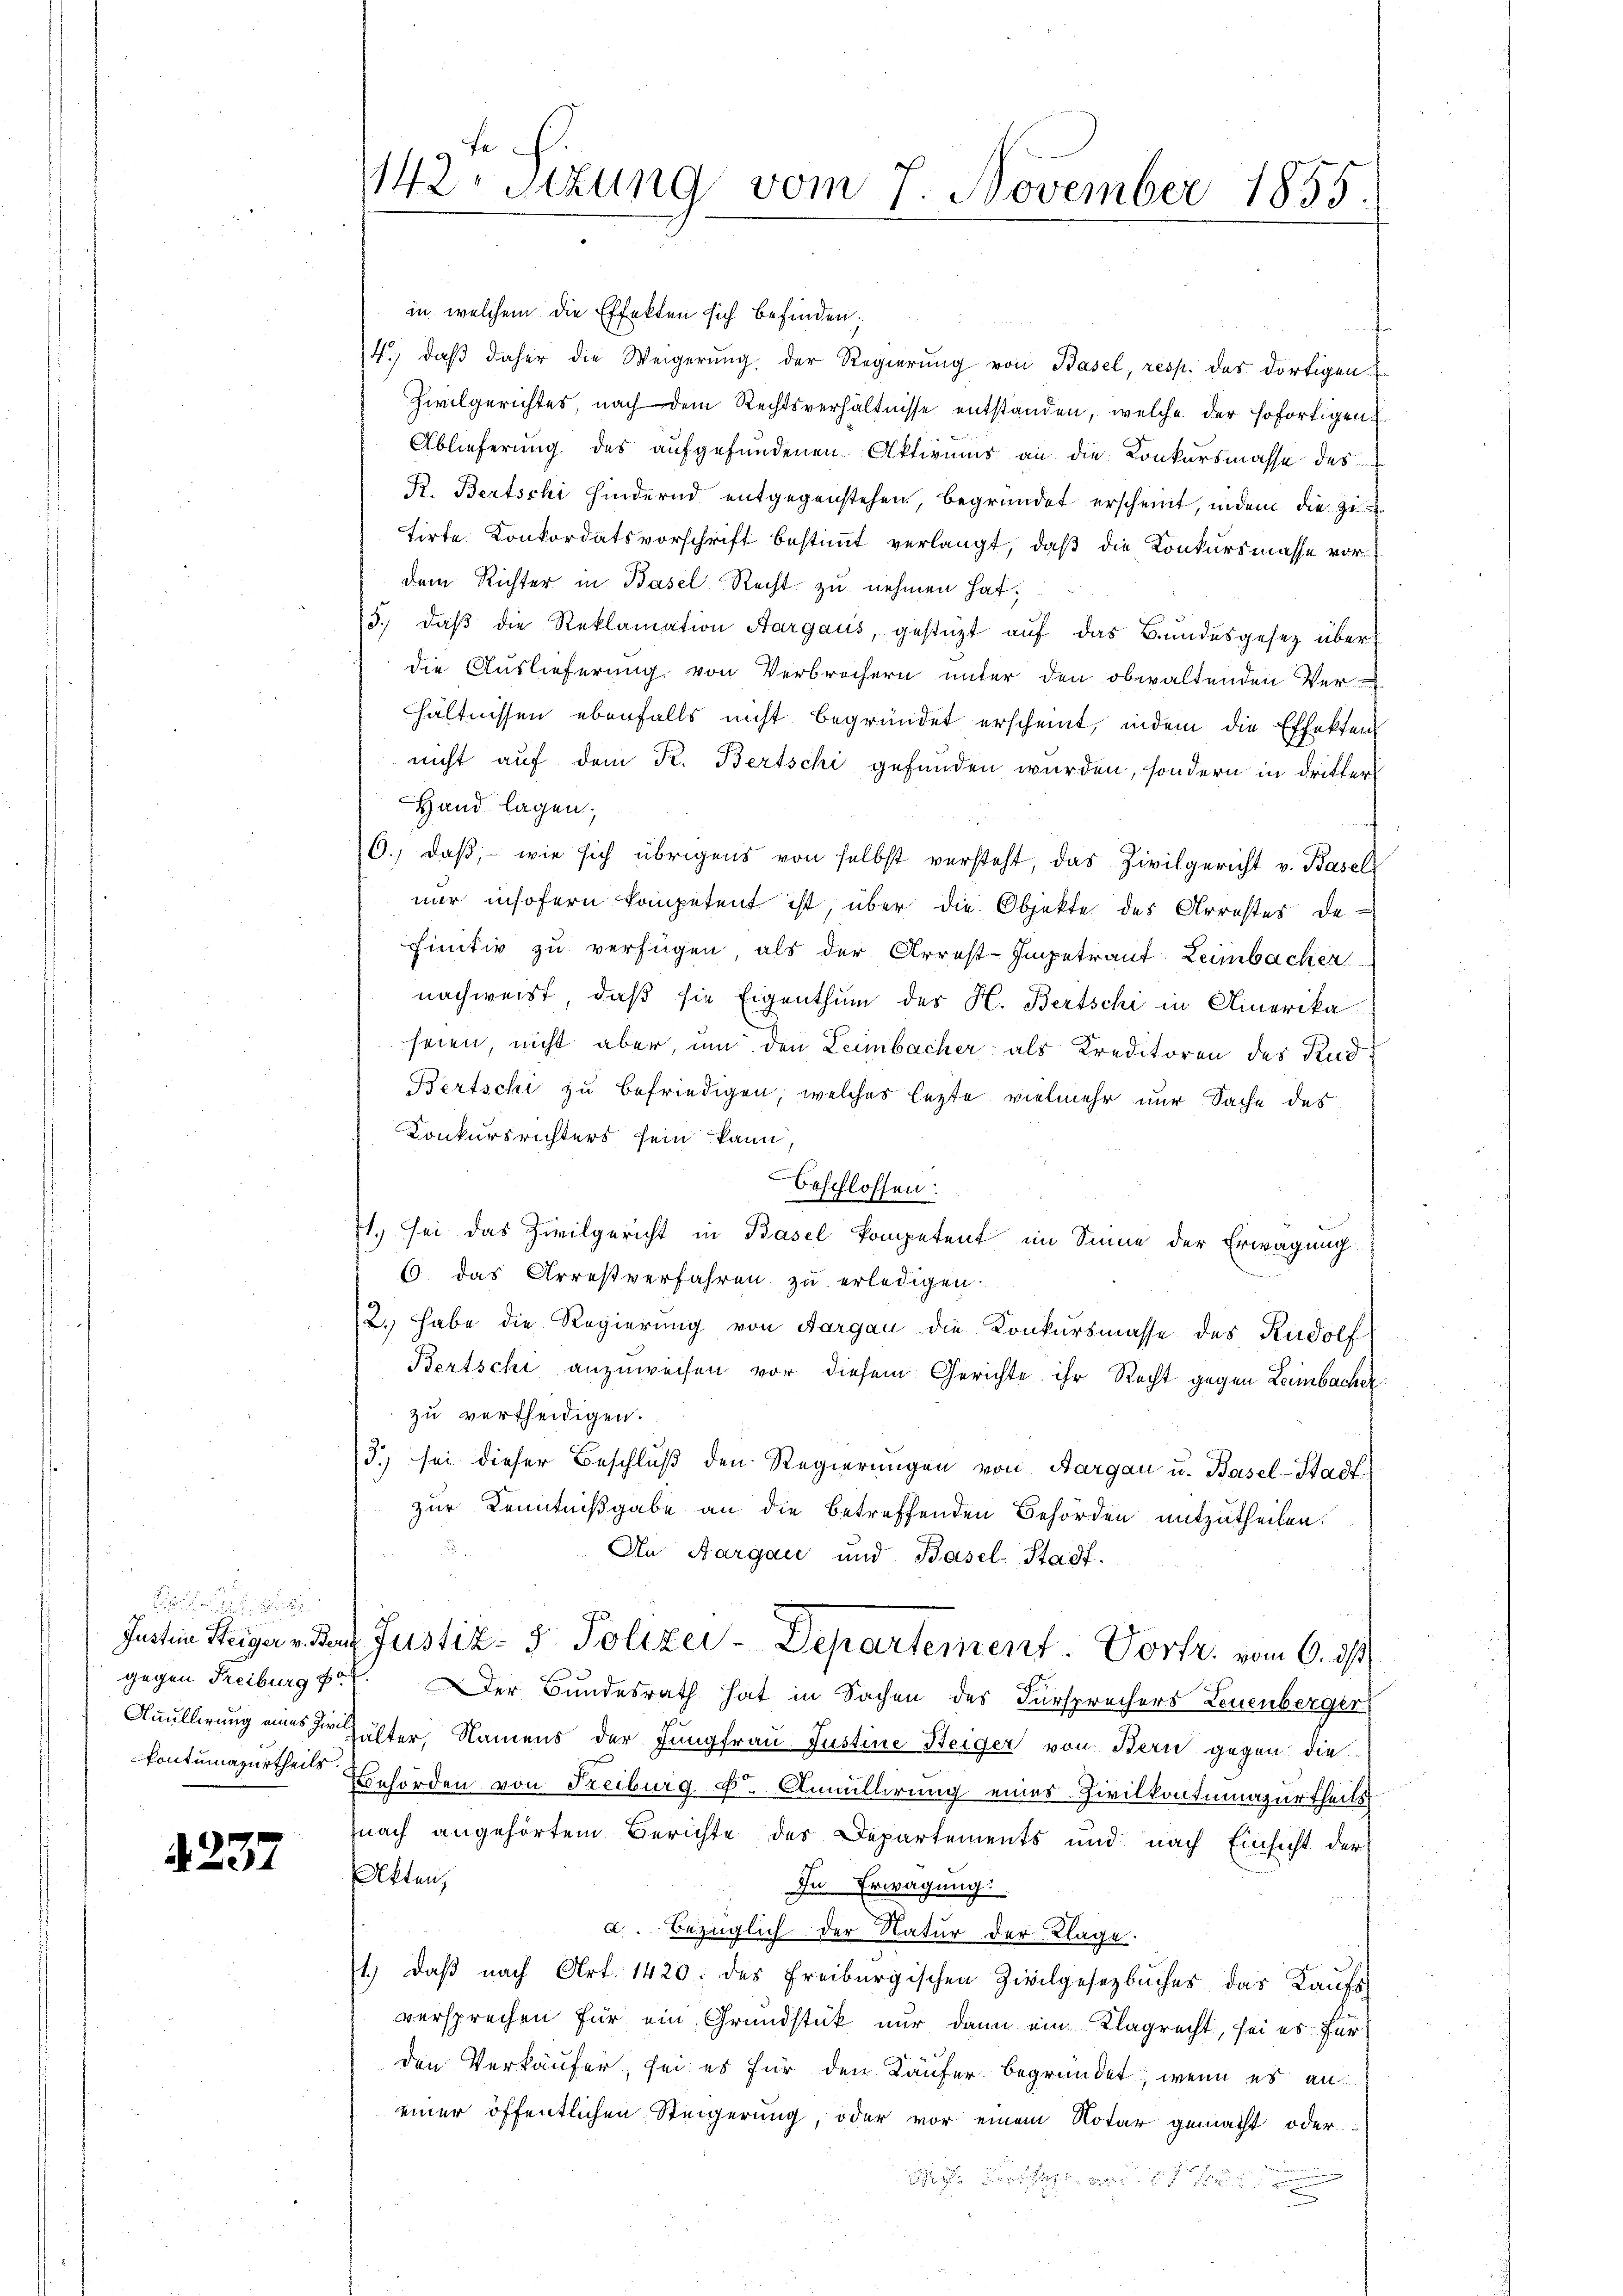
237

142. Sitzung vom 7. November 1855.

in welchem die Effekten sich befinden.
4., daβ daher die Weigerŭng der Regierŭng von Basel, resp. das dortigen
Zivilgerichtes, nach dem Rechtsverhältnisse entstanden, welche der sofortigen
Ablieferung des aufgefundenen Aktivums an die Konkursmasse des
R. Bertschi hindernd entgegenstehen, begründet erscheint, indem die Zi
tirte Konkordatsvorschrift bestimmt verlangt, daß die Konkursmasse vordem Richter in Basel Recht zu nehmen hat;
3., daβ die Reklamation Aargaus, gestüzt auf das Bundesgesetz über
die Auslieferung von Verbrechern unter den obwaltenden Ver-
hältnissen ebenfalls nicht begründet erscheint, indem die Effekten
nicht auf dem R. Bertschi gefunden wurden, sondern in dritter
Hand lagen;
6.) daß, wie sich übrigens von selbst versteht, das Zivilgericht v. Basel
nur insofern kompetent ist, über die Objekte des Arrestes de-
finitiv zu verfügen als der Arrest-Impetraut. Leimbacher
nachweist, daß sie Eigenthum des H. Bertschi in Amerika
seien, nicht aber, um den Leimbacher als Kreditoren des Rud¬
Bertschi zu befriedigen, welches lezte vielmehr nur Sache des
Konkursrichters sein kann,
Beschlossen:
1. sei das Zivilgericht in Basel kompetent im Sinne der Erwägung
6. das Arresverfahren zu erledigen.
2. habe die Regierung von Aargau die Konkursmasse des Rudolf
Bertschi anzuweisen vor diesem Gerichte ihr Recht gegen Leimbacher
zu vertheidigen.
J.) sei dieser Beschluß den Regierungen von Aargau u. Basel-Stadt
zur Kenntnißgabe an die betreffenden Behörden mitzutheilen.
An Aargau und Basel-Stadt.
Justin Steiger v. Parz. Justiz- & Polizei-Departement. Vortr. vom 6. ds
gegen Freiburg Fr. er Bundesrath hat in Sachen des Fürsprechers Leuenberger
Anullirung eines der älter, Namens der Jungfrau Justine Steiger von Bern gegen die
kontumazurtheils Behörden von Freiburg, F. Annullirung eines Zivilkontumazurtheils
nach angehörtem Berichte des Departements und nach Einsicht der
Akten,
In Erwägung:
a. bezüglich der Natur der Klage.
1.) Daß nach Art. 1420. des Freiburgischen Zivilgesetzbuches das Kaŭfs
versprechen für ein Grundstück nur dann ein Klagrecht, sei es für
den Verkäufer, sei es für den Käufer begründet; wenn es an
einer öffentlichen Steigerung, oder vor einem Notar gemacht oder
n